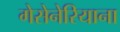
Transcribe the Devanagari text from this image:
गेसेनेरियाना